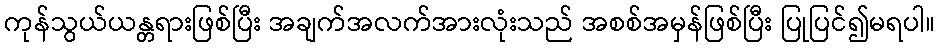
ကုန်သွယ်ယန္တရားဖြစ်ပြီး အချက်အလက်အားလုံးသည် အစစ်အမှန်ဖြစ်ပြီး ပြုပြင်၍မရပါ။